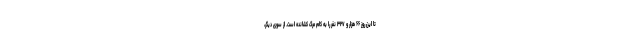
تا این روز ۶۶ هزار و ۳۲۷ نفر را به کام مرگ کشانده است. از سوی دیگر،